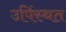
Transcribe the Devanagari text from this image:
उपिंस्थत